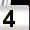
Digit: 4